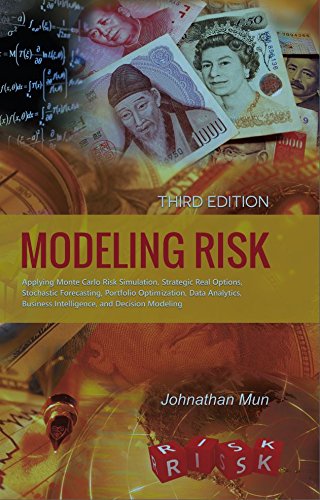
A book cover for Modeling Risk (Third Edition); Johnathan Mun; Business & Money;